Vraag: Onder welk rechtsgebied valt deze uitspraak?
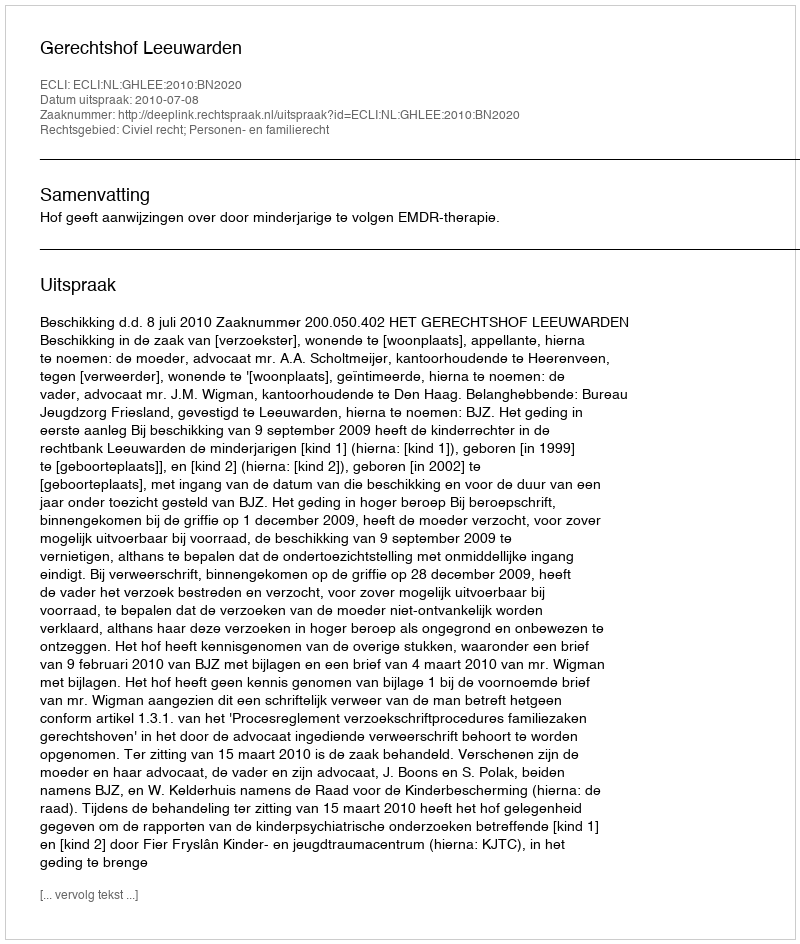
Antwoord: Civiel recht; Personen- en familierecht